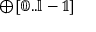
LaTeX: \mathbb { \oplus [ 0 . . l - 1 ] }